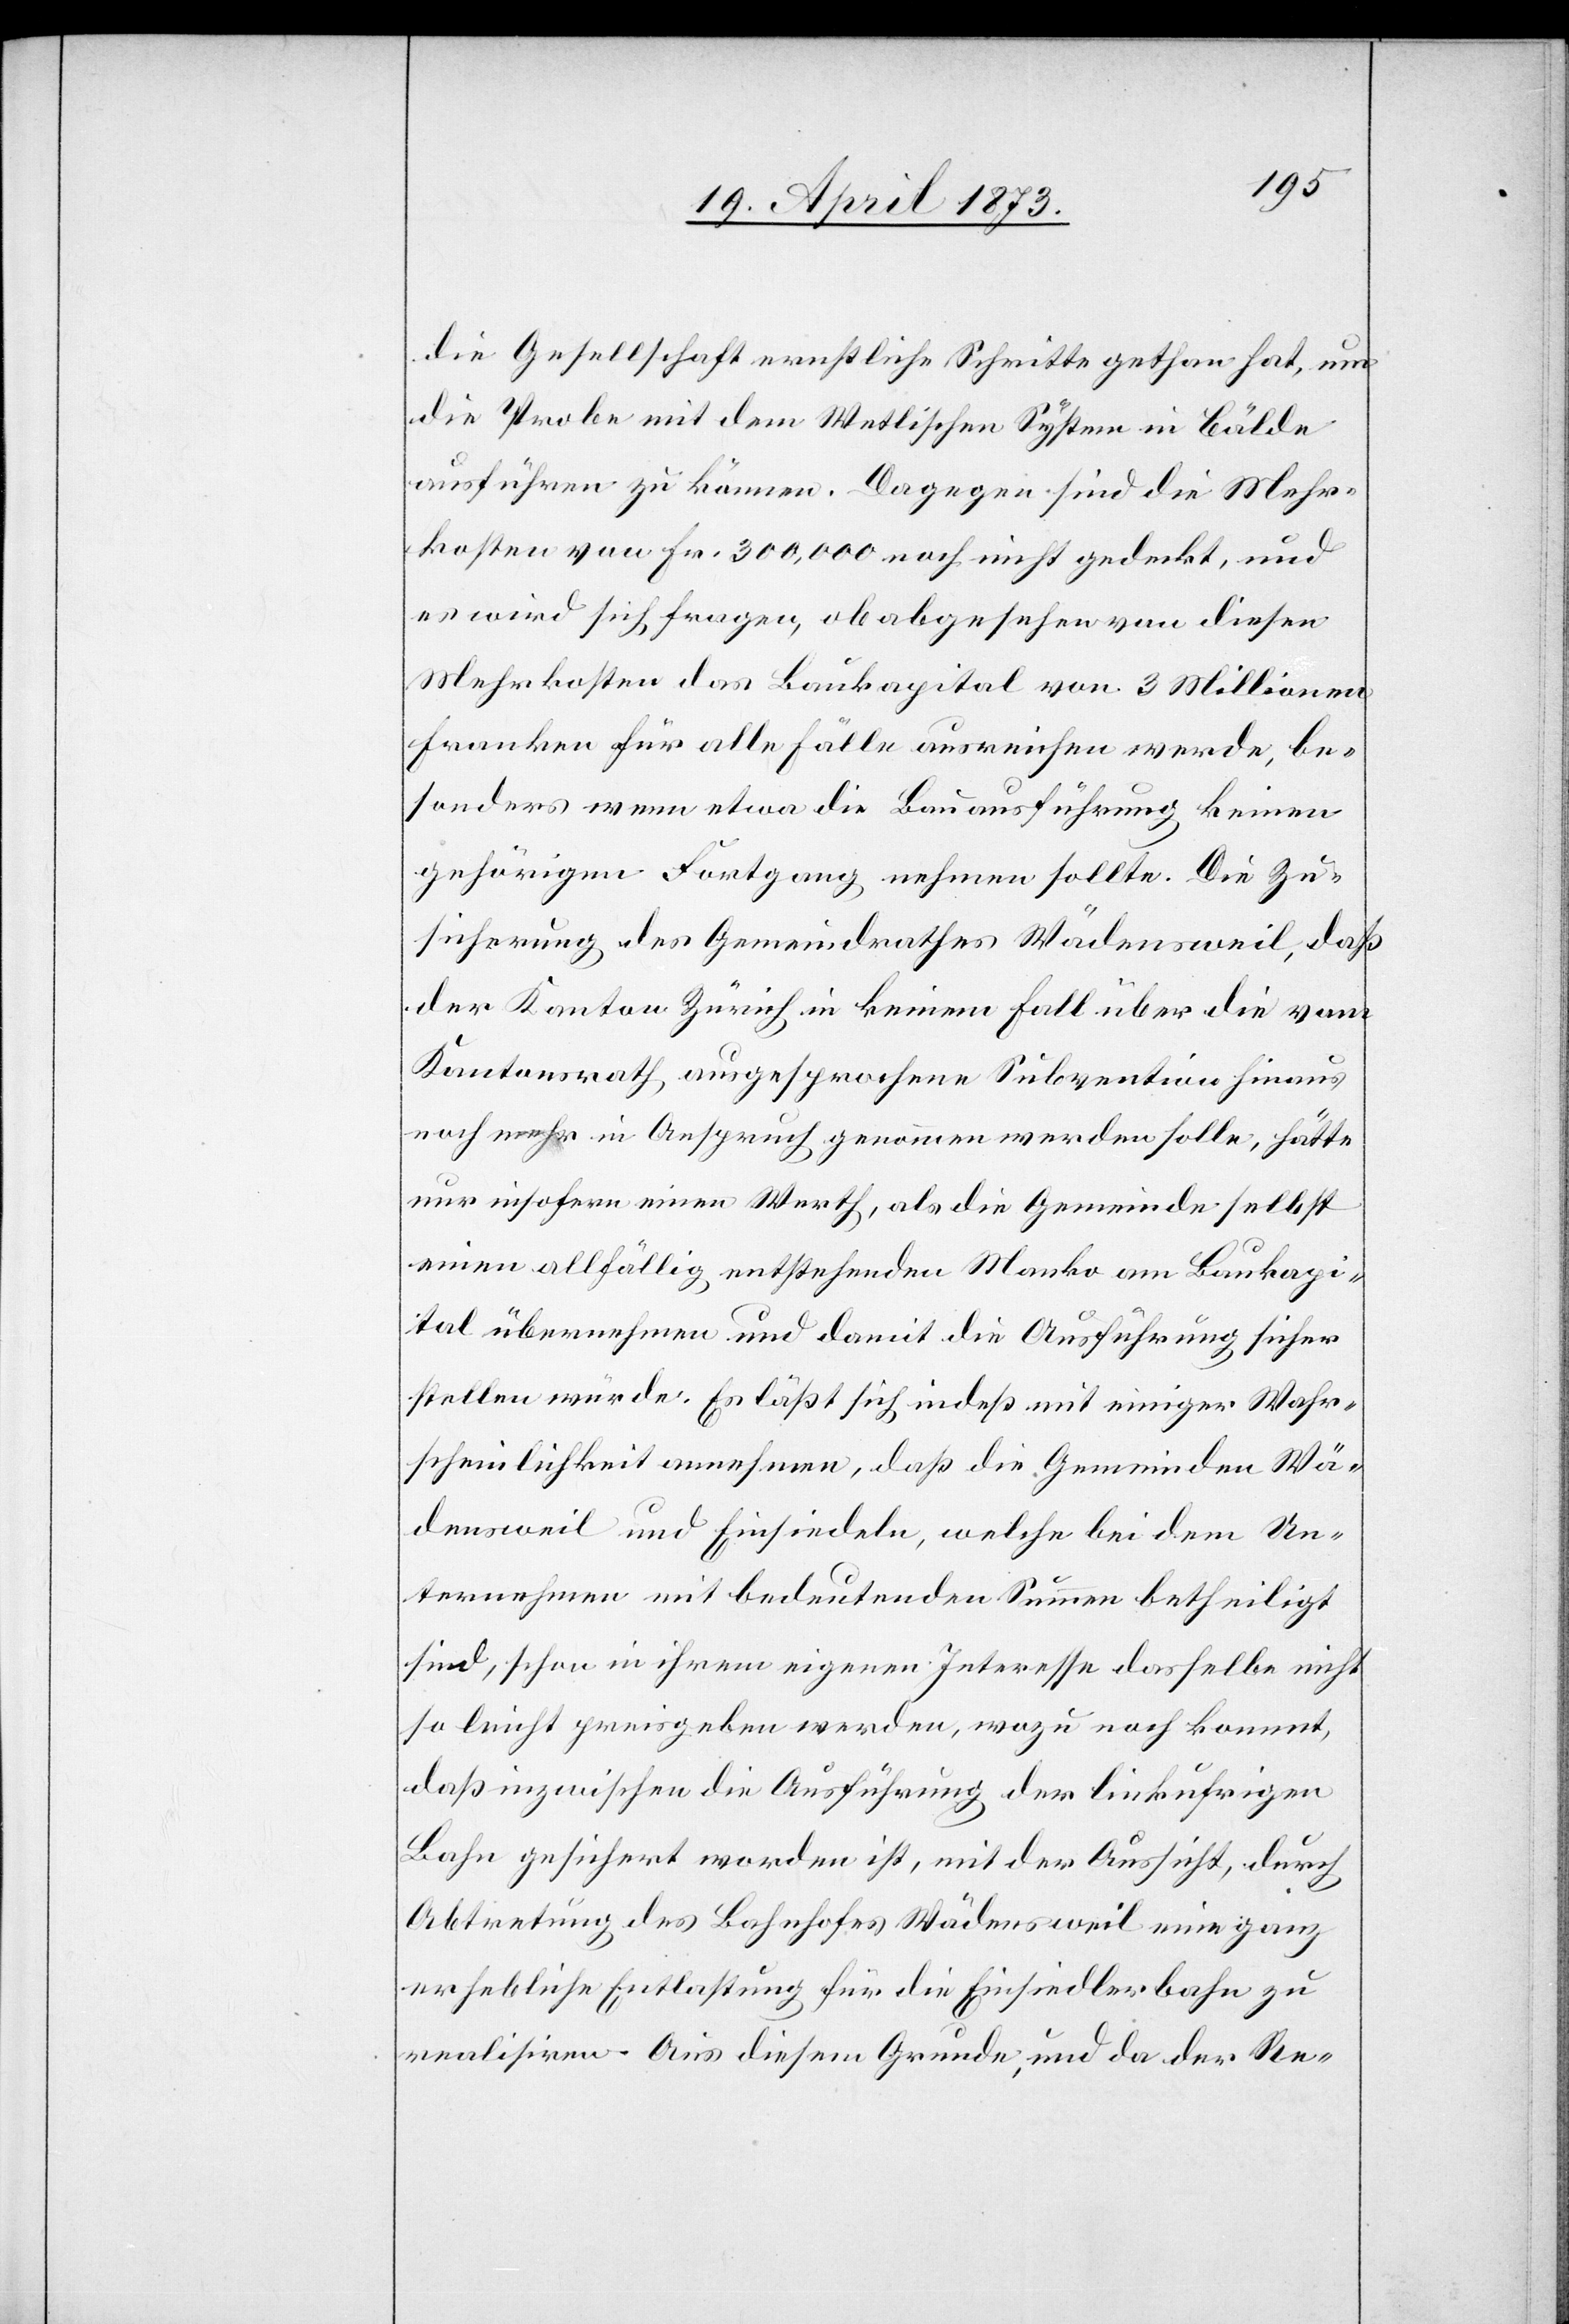
die Gesellschaft ernstliche Schritte gethan hat, um
die Probe mit dem Wetlischen System in Bälde
ausführen zu können. Dagegen sind die Mehr
kosten von Fr. 300,000 noch nicht gedeckt, und
es wird sich fragen, ob abgesehen von diesen
Mehrkosten das Baukapital von 3 Millionen
Franken für alle Fälle ausreichen werde, be¬
sonders wenn etwas die Bauausführung keinen
gehörigen Fortgang nehmen sollte. Die Zu¬
sicherung des Gemeindrathes Wädensweil, daß
der Kanton Zürich in keinem Fall über die vom
Kantonsrath ausgesprochene Subvention hinaus
noch mehr in Anspruch genommen werden solle, hätte
nur insofern einen Werth, als die Gemeinde selbst
einen allfällig entstehenden Manko am Baukapi¬
tal übernehmen und damit die Ausführung sicher
stellen würde. Es läßt sich indeß mit einiger Wahr¬
scheinlichkeit annehmen, daß die Gemeinden Wä¬
densweil und Einsiedeln, welche bei dem Un¬
ternehmen mit bedeutenden Summen betheiligt
sind, schon in ihrem eigenen Interesse dasselbe nicht
so leicht preisgeben werden, wozu noch kommt,
daß inzwischen die Ausführung der linkufrigen
Bahn gesichert worden ist, mit der Aussicht, durch
Abtretung des Bahnhofes Wädensweil eine ganz
erhebliche Entlastung für die Einsiedlerbahn zu
realisiren. Aus diesem Grunde, und da der Re-